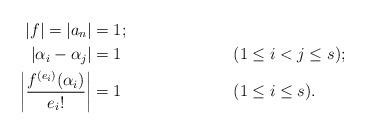
LaTeX: \begin{align*}|f|=|a_n|&=1;\\|\alpha_i-\alpha_j|&=1 &&(1\le i<j\le s);\\\left|\frac{f^{(e_i)}(\alpha_i)}{e_i!}\right|&=1&&(1\le i\le s).\end{align*}